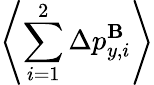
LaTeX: \left\langle\sum_{i=1}^{2}\Delta p_{y,i}^{\mathbf{B}}\right\rangle